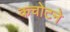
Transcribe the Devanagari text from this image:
कचोटने